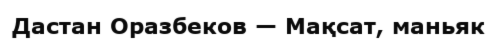
Дастан Оразбеков — Мақсат, маньяк